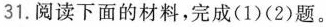
31.阅读下面的材料，完成(1)(2)题。